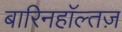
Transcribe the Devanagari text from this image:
बारिनहाॅल्तज़